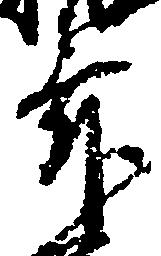
舞